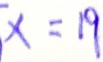
x = 1 9